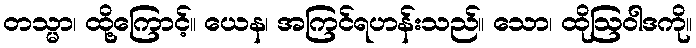
တသ္မာ၊ ထို့ကြောင့်။ ယေန၊ အကြင်ရဟန်းသည်။ သော၊ ထိုဩဝါဒကို။